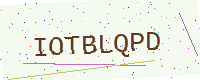
Text: IOTBLQPD